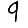
Digit: 9